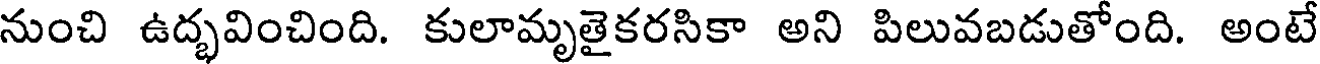
నుంచి ఉద్భవించింది. కులామృతైకరసికా అని పిలువబడుతోంది. అంటే